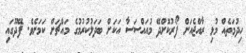
ހިދުމަތެއް މުޅި ރާއްޖެއަށް ފޯރުކޮށްދޭ މުއައްސަސާ އަކަށް ބަދަލުކުުރުމުގެ މައްޗަށް ކަމަށެވެ. ފޭދޫގައި